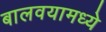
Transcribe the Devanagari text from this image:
बालवयामध्ये